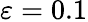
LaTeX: \varepsilon=0.1